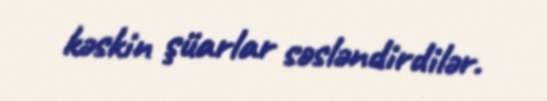
kəskin şüarlar səsləndirdilər.